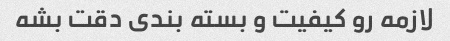
لازمه رو کیفیت و بسته بندی دقت بشه